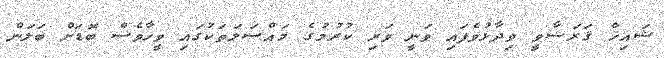
ޝައިޚް ޤަރަޟާވީ ވިދާޅުވެފައި ވަނީ ވަރި ކުރުމުގެ މައްސަލަތަކުގައި ވީހާވެސް ބޮޑަށް ބަލަން